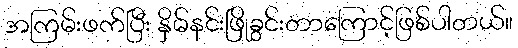
အကြမ်းဖက်ပြီး နှိမ်နင်းဖြိုခွင်းတာကြောင့်ဖြစ်ပါတယ်။